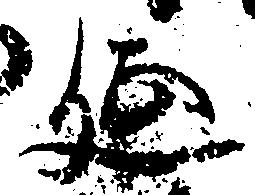
延